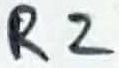
Text: R2